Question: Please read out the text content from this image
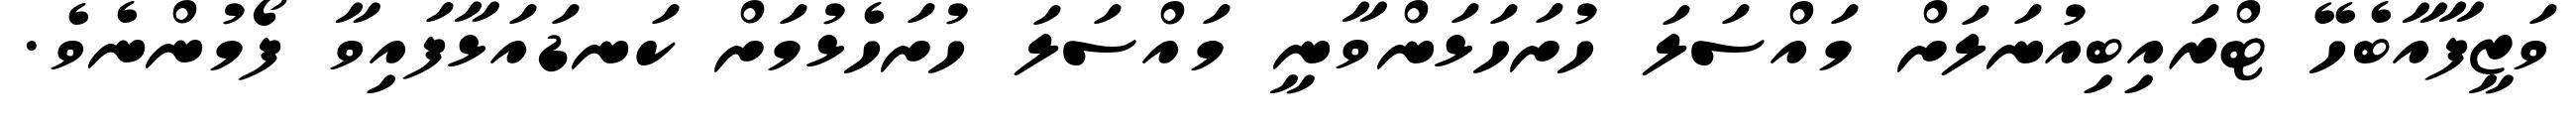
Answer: ވަޒީފާއާބެހޭ ޓްރައިބިއުނަލަށް މައްސަލަ ހުށަހަޅަންވާނީ މައްސަލަ ހުށަހެޅުމަށް ކަނޑައަޅާފައިވާ ފޯމުންނެވެ.